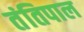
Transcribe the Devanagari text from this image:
तंतिपाल